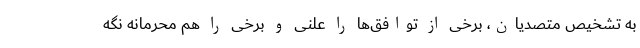
به تشخیص متصدیان، برخی از توافق‌ها را علنی و برخی را هم محرمانه نگه